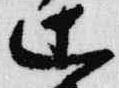
辻